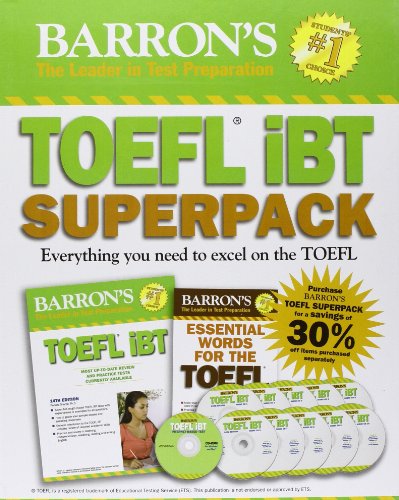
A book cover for Barron's TOEFL iBT Superpack, 2nd Edition; Pamela Sharpe Ph.D.; Test Preparation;